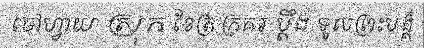
ចៅហ្វាយ ស្រុក ខែត្រ ក្រគរ ប្តឹង ទូលព្រះបង្គំ